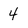
Character: 4